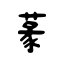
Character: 蒃